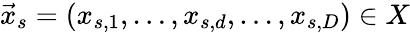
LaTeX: {\vec{x}_{s}=\left(x_{s,1},\dots,x_{s,d},\dots,x_{s,D}\right)\in X}